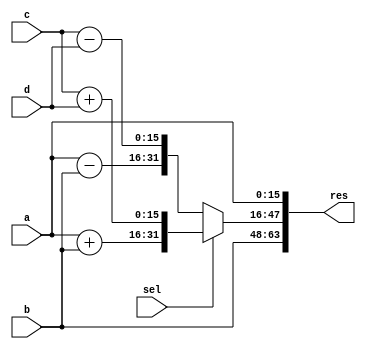
module opt_share_test(
  input [15:0]  a,
  input [15:0]  b,
  input [15:0]  c,
  input [15:0]  d,
  input         sel,
  output [63:0] res,
  );

  reg [31: 0]   cat1 = {a+b, c+d};
  reg [31: 0]   cat2 = {a-b, c-d};

  assign res = {b, sel ? cat1 : cat2, a};

endmodule